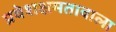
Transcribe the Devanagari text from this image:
प्रवेशक्षमतावाला